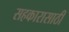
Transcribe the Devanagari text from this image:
सहकारासाठी